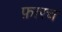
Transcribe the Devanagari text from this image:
फ़ारच